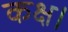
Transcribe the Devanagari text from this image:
कक्ष।